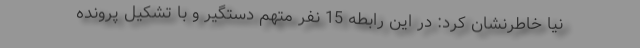
نیا خاطرنشان کرد: در این رابطه 15 نفر متهم دستگیر و با تشکیل پرونده